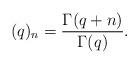
LaTeX: \begin{align*} (q)_n = \frac{ \Gamma(q+n)}{ \Gamma(q)}. \end{align*}